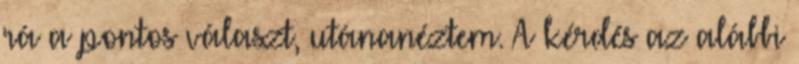
rá a pontos választ, utánanéztem. A kérdés az alábbi